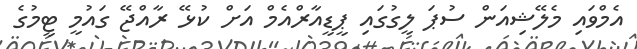
އެމްވައި މެލޭޝިއަން ސުޕަ ލީގުގައި ޕީޑީއާރްއެމް އަށް ކުޅޭ ރާއްޖޭ ގައުމީ ޓީމުގެ